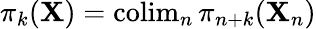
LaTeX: \pi_{k}(\mathbf{X})=\operatorname{colim}_{n}\pi_{n+k}(\mathbf{X}_{n})